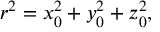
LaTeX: ~ r ^ { 2 } = x _ { 0 } ^ { 2 } + y _ { 0 } ^ { 2 } + z _ { 0 } ^ { 2 } ,